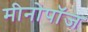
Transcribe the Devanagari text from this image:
मीनोपॉज